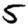
Digit: 5